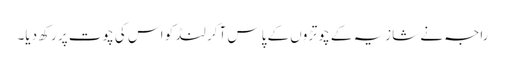
راجہ نے شازیہ کے چوتڑوں کے پاس آکر لنڈ کو اس کی چوت پر رکھ دیا۔